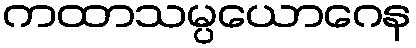
ကထာသမ္ပယောဂေန